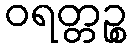
ဝရတ္တဉ္စ